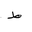
Letter: _da